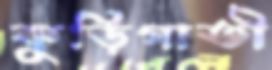
কুড়িগাতী